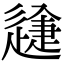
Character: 𨕽